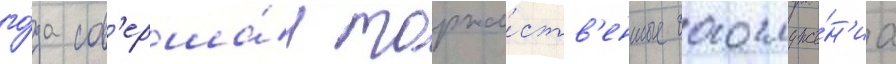
го́да сов'ерша́л торже́ств'енные богослуже́н'иа